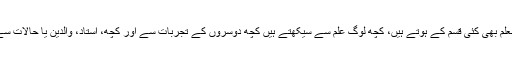
اسی طرح طالبعلم بھی کئی قسم کے ہوتے ہیں، کچھ لوگ علم سے سیکھتے ہیں کچھ دوسروں کے تجربات سے اور کچھ، استاد، والدین یا حالات سے مار کھا کر۔